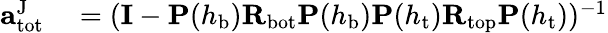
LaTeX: \begin{array}{rl}{\mathbf{a}_{\mathrm{tot}}^{\mathrm{J}}}&{{}=(\mathbf{I}-\mathbf{P}(h_{\mathrm{b}})\mathbf{R}_{\mathrm{bot}}\mathbf{P}(h_{\mathrm{b}})\mathbf{P}(h_{\mathrm{t}})\mathbf{R}_{\mathrm{top}}\mathbf{P}(h_{\mathrm{t}}))^{-1}}\end{array}